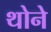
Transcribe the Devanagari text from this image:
थोने